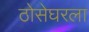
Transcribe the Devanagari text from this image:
ठोसेघरला